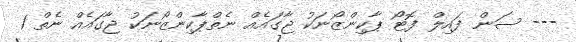
--- ސަން ފައިލް ފޮޓޯ ޕާކިންޒޯނަކު ޖާގައެއް ނެތްޕާކިންޒޯނަކު ޖާގައެއް ނެތް 1